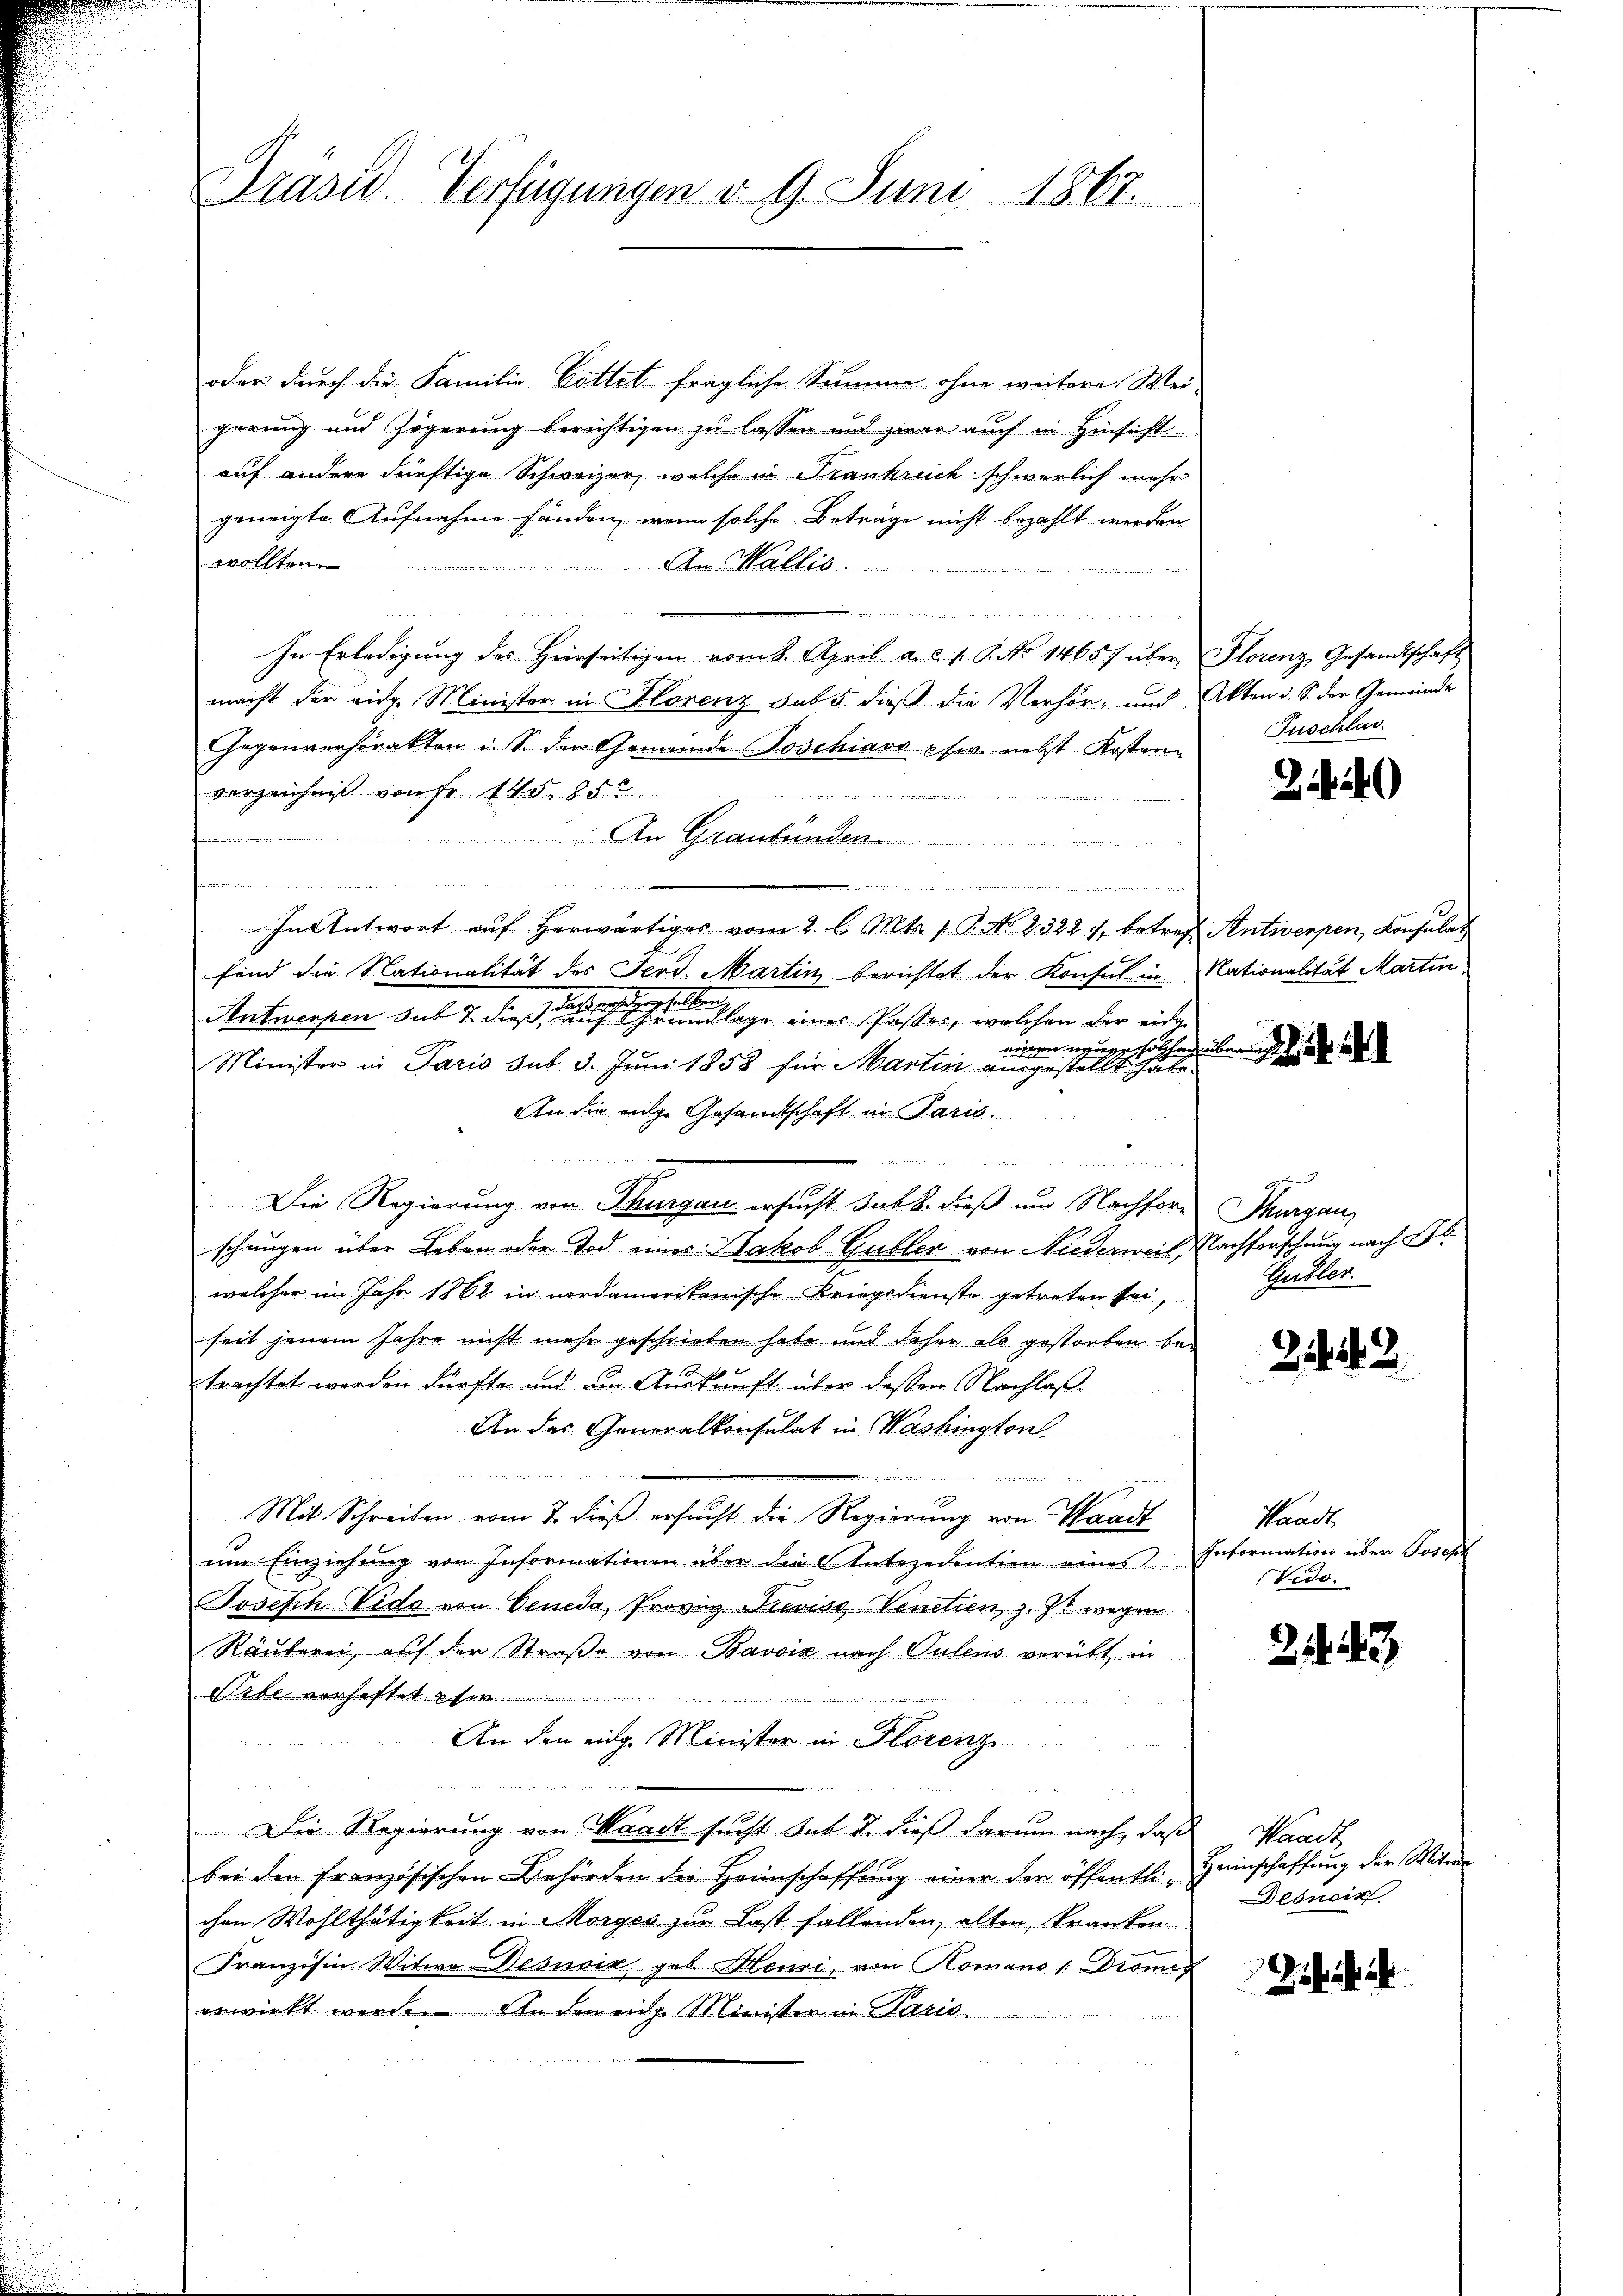
Präsid. Verfügungen v. 9. Juni 1867.

oder durch die Familie Gottet fragliche Summe ohne weitere Wei-
gerung und Zögerung berichtigen zu lassen und zwar auch in Hinsicht
auf andere dürftige Schweizer, welche in Frankreich schwerlich mehr
geneigte Aufnahme fänden, wenn solche Beträge nicht bezahlt werden
wollten
An Wallis.
m
 e de
n
In Erledigung des Hierseitigen vom 8. April a. c. s. S. No 14657 über Florenz, Gesandtschaft
macht der eidg. Minister in Florenz sub 5. dieß die Verhör- und Akten d. S. der Gemeinde
Gegenverhörakten u. S. der Gemeinde Poschiavo usw. nebst Kosten-
verzeichnis von S. 148. 85.
.............  Gra
ween der der den der ersten der Seitet werde der der Seite keine bestehenden wolle der den der

 dich an dem
In Antwort auf herwärtiges vom 2. l. Mts. f. P. No 2322. 7, betref Antwerpen, Konsulat
fand die Nationalität des Ferd. Martin berichtet der Konsul in Nationalität Martin.
Antwerpen sub 7.                             gegen eines Passer, welchen der einde
eingen wege solchen Bern
Minister in Paris sub 3. Juni 1858 für Martin ausgestellt habe.
An die eige Gesandtschaft in Paris.

Die Regierung von Thurgau ersucht sub 8. dieß um Nachfors Thurgau,
schungen über Leben oder Tod eines Jakob Gubler von Niederweil, Nachforschung nach Gl
welcher im Jahr 1862 in nordamerikanische Kriegsdienste getreten sei,
seit jenem Jahre nicht mehr geschrieben habe und daher als gestorben be-
trachtet werden dürfte und um Auskunft über dessen Nachlaß¬
An das Generalkonsulat in Washington

Mit Schreiben vom 7. dieß ersucht die Regierung von Waadt
um Einziehung von Informationen über die Antezedention eines Information über Posent
Joseph Vido von Veneda, Provinz Sieviso Venetien, z. Zt. wegen
Räuberei, auf der Straße von Bavoix nach Pulens verübt in
Wrbe verhaftet we
femmen
An den einge Minister in Florenz

Die Regierung von Waadt sucht bat. d. dieß darum nach, daß Waadt
bei den französischen Behörden die Heimschaffŭng einer der öffentli-Heimschaffŭng der Witwe
chen Wohlthätigkeit in Morges zur Last fallenden, alten, kranken
Franzisin Witwe Desuvia geb. Henri, von Komans / Dromes
erwirkt werde. An den eine Minister in Paris

Fuschlas

344

Gubler.

2443

Standt,
Vido.

21443

Desnoir.

uch ih